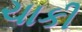
ચાકી